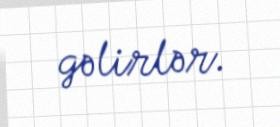
gəlirlər.